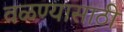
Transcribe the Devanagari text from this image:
वळण्यासाठी